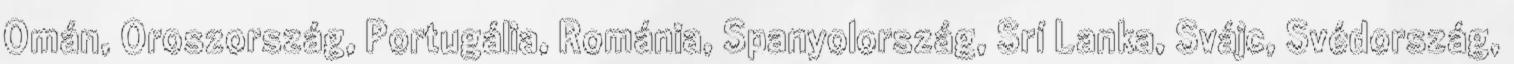
Omán, Oroszország, Portugália, Románia, Spanyolország, Srí Lanka, Svájc, Svédország,